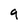
Character: 9